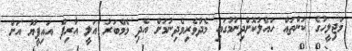
މަޖިލީހުގެ ކަންތައް ހައްލުކޮށްދިނުމުގައި މެދުވެރިވެދިނުމަށް އެދި މެމްބަރު އަލީ އާރިފް އައިޕީޔޫ އަށް